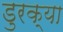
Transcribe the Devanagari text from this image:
डुरक्या